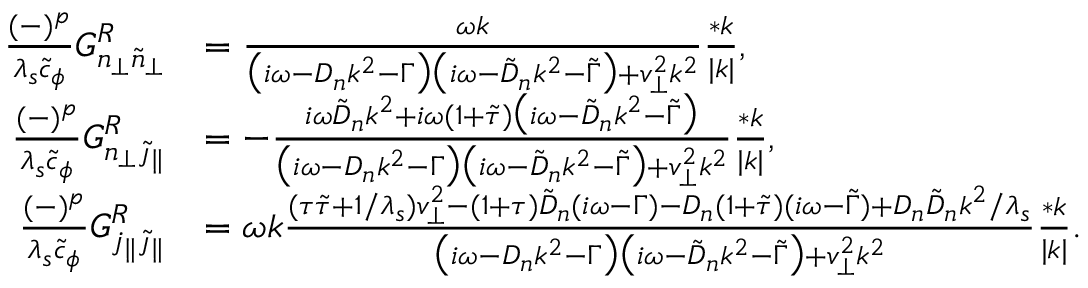
\begin{array} { r l } { \frac { ( - ) ^ { p } } { \lambda _ { s } \tilde { c } _ { \phi } } G _ { n _ { \perp } \tilde { n } _ { \perp } } ^ { R } } & { = \frac { \omega k } { \big ( i \omega - D _ { n } k ^ { 2 } - \Gamma \big ) \big ( i \omega - \tilde { D } _ { n } k ^ { 2 } - \tilde { \Gamma } \big ) + v _ { \perp } ^ { 2 } k ^ { 2 } } \frac { * k } { | k | } , } \\ { \frac { ( - ) ^ { p } } { \lambda _ { s } \tilde { c } _ { \phi } } G _ { n _ { \perp } \tilde { \jmath } _ { \| } } ^ { R } } & { = - \frac { i \omega \tilde { D } _ { n } k ^ { 2 } + i \omega ( 1 + \tilde { \tau } ) \big ( i \omega - \tilde { D } _ { n } k ^ { 2 } - \tilde { \Gamma } \big ) } { \big ( i \omega - D _ { n } k ^ { 2 } - \Gamma \big ) \big ( i \omega - \tilde { D } _ { n } k ^ { 2 } - \tilde { \Gamma } \big ) + v _ { \perp } ^ { 2 } k ^ { 2 } } \frac { * k } { | k | } , } \\ { \frac { ( - ) ^ { p } } { \lambda _ { s } \tilde { c } _ { \phi } } G _ { j _ { \| } \tilde { \jmath } _ { \| } } ^ { R } } & { = \omega k \frac { ( \tau \tilde { \tau } + 1 / \lambda _ { s } ) v _ { \perp } ^ { 2 } - ( 1 + \tau ) \tilde { D } _ { n } ( i \omega - \Gamma ) - D _ { n } ( 1 + \tilde { \tau } ) ( i \omega - \tilde { \Gamma } ) + D _ { n } \tilde { D } _ { n } k ^ { 2 } / \lambda _ { s } } { \big ( i \omega - D _ { n } k ^ { 2 } - \Gamma \big ) \big ( i \omega - \tilde { D } _ { n } k ^ { 2 } - \tilde { \Gamma } \big ) + v _ { \perp } ^ { 2 } k ^ { 2 } } \frac { * k } { | k | } . } \end{array}